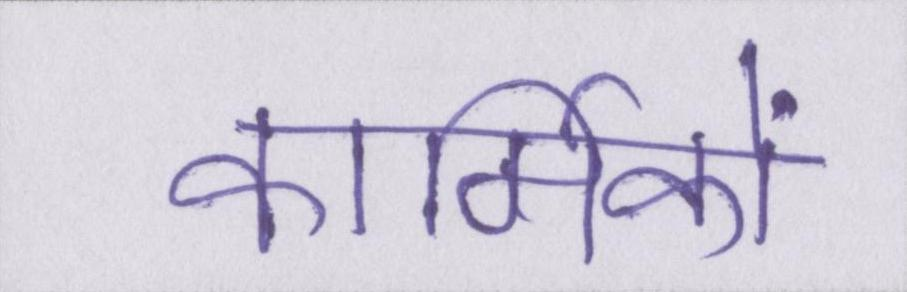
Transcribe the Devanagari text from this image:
कार्मिकों